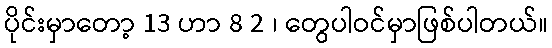
ပိုင်းမှာတော့ 13 ဟာ 8 2 ၊ တွေပါဝင်မှာဖြစ်ပါတယ်။